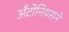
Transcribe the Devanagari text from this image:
अँटोनियसने